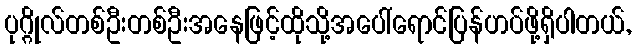
ပုဂ္ဂိုလ်တစ်ဦးတစ်ဦးအနေဖြင့်ထိုသို့အပေါ်ရောင်ပြန်ဟပ်ဖို့ရှိပါတယ်,